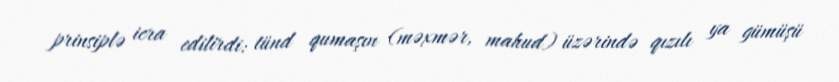
prinsiplə icra edilirdi: tünd qumaşın (məxmər, mahud) üzərində qızılı ya gümüşü